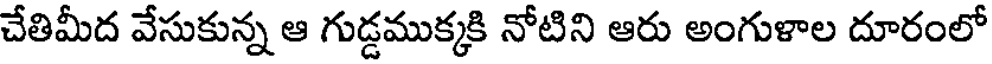
చేతిమీద వేసుకున్న ఆ గుడ్డముక్కకి నోటిని ఆరు అంగుళాల దూరంలో